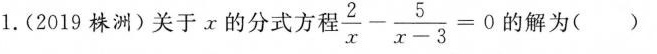
1.(2019株洲)关于x的分式方程$$ \frac{2}{x}-\frac{5}{x-3}=0$$的解为（）